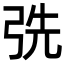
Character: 𢏡